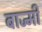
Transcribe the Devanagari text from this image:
बाज्मी